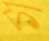
ফ